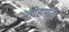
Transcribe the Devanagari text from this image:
लोहमढ़े